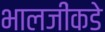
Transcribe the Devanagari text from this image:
भालजींकडे